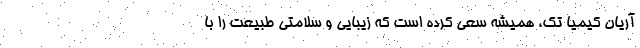
آریان کیمیا تک، همیشه سعی کرده است که زیبایی و سلامتی طبیعت را با